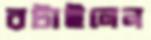
রটাইলেন